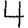
Digit: 4